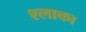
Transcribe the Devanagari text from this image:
श्लाका